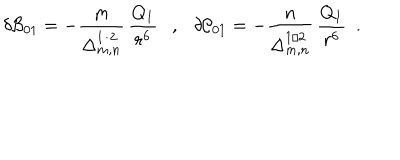
\delta { \cal B } _ { 0 1 } = - \frac { m } { \Delta _ { m , n } ^ { 1 / 2 } } \, \frac { Q _ { 1 } } { r ^ { 6 } } , \delta { \cal C } _ { 0 1 } = - \frac { n } { \Delta _ { m , n } ^ { 1 / 2 } } \, \frac { Q _ { 1 } } { r ^ { 6 } } ~ ~ .